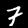
Label: 7